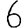
Digit: 6